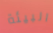
البيئة